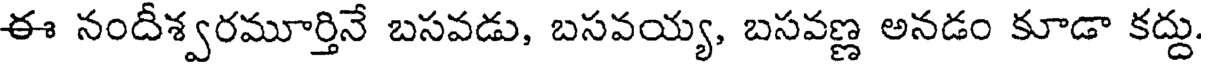
ఈ నందీశ్వరమూర్తినే బసవడు, బసవయ్య, బసవణ్ణ అనడం కూడా కద్దు